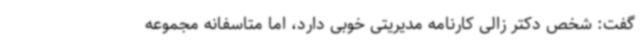
گفت: شخص دکتر زالی کارنامه مدیریتی خوبی دارد، اما متاسفانه مجموعه